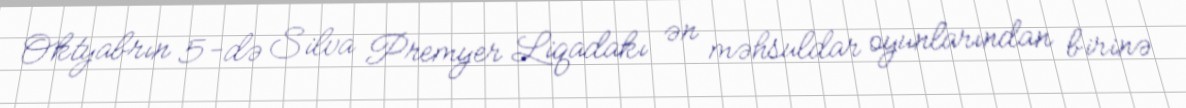
Oktyabrın 5-də Silva Premyer Liqadakı ən məhsuldar oyunlarından birinə